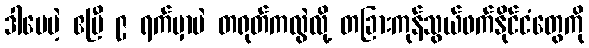
ဒါပေမဲ့ ဧပြီ ၉ ရက်မှာပဲ တရုတ်ကလွဲလို့ တခြားကုန်သွယ်ဖက်နိုင်ငံတွေကို